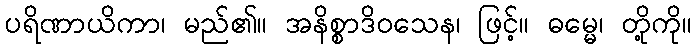
ပရိဏာယိကာ၊ မည်၏။ အနိစ္စာဒိဝသေန၊ ဖြင့်။ ဓမ္မေ၊ တို့ကို။